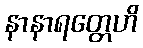
နာနာရတ္တေဟိ